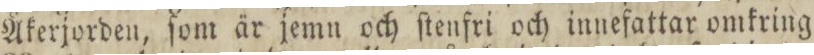
Åkerjorden, ſom är jemn och ſtenfri och innefattar omkring